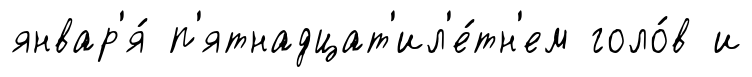
январ'я́ п'ятнадцат'ил'е́тн'ем голо́в и